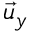
\vec { u } _ { y }